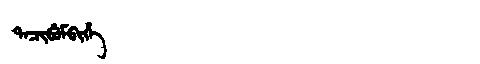
Manchu: ᡨᠠᠴᡳᠪᡠᠮᠪᡳᡥᡝ
Romanization: TACIBUMBIHE